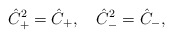
\begin{align*}\hat{C}_+^2 = \hat{C}_+,\quad \hat{C}_-^2 = \hat{C}_-,\end{align*}